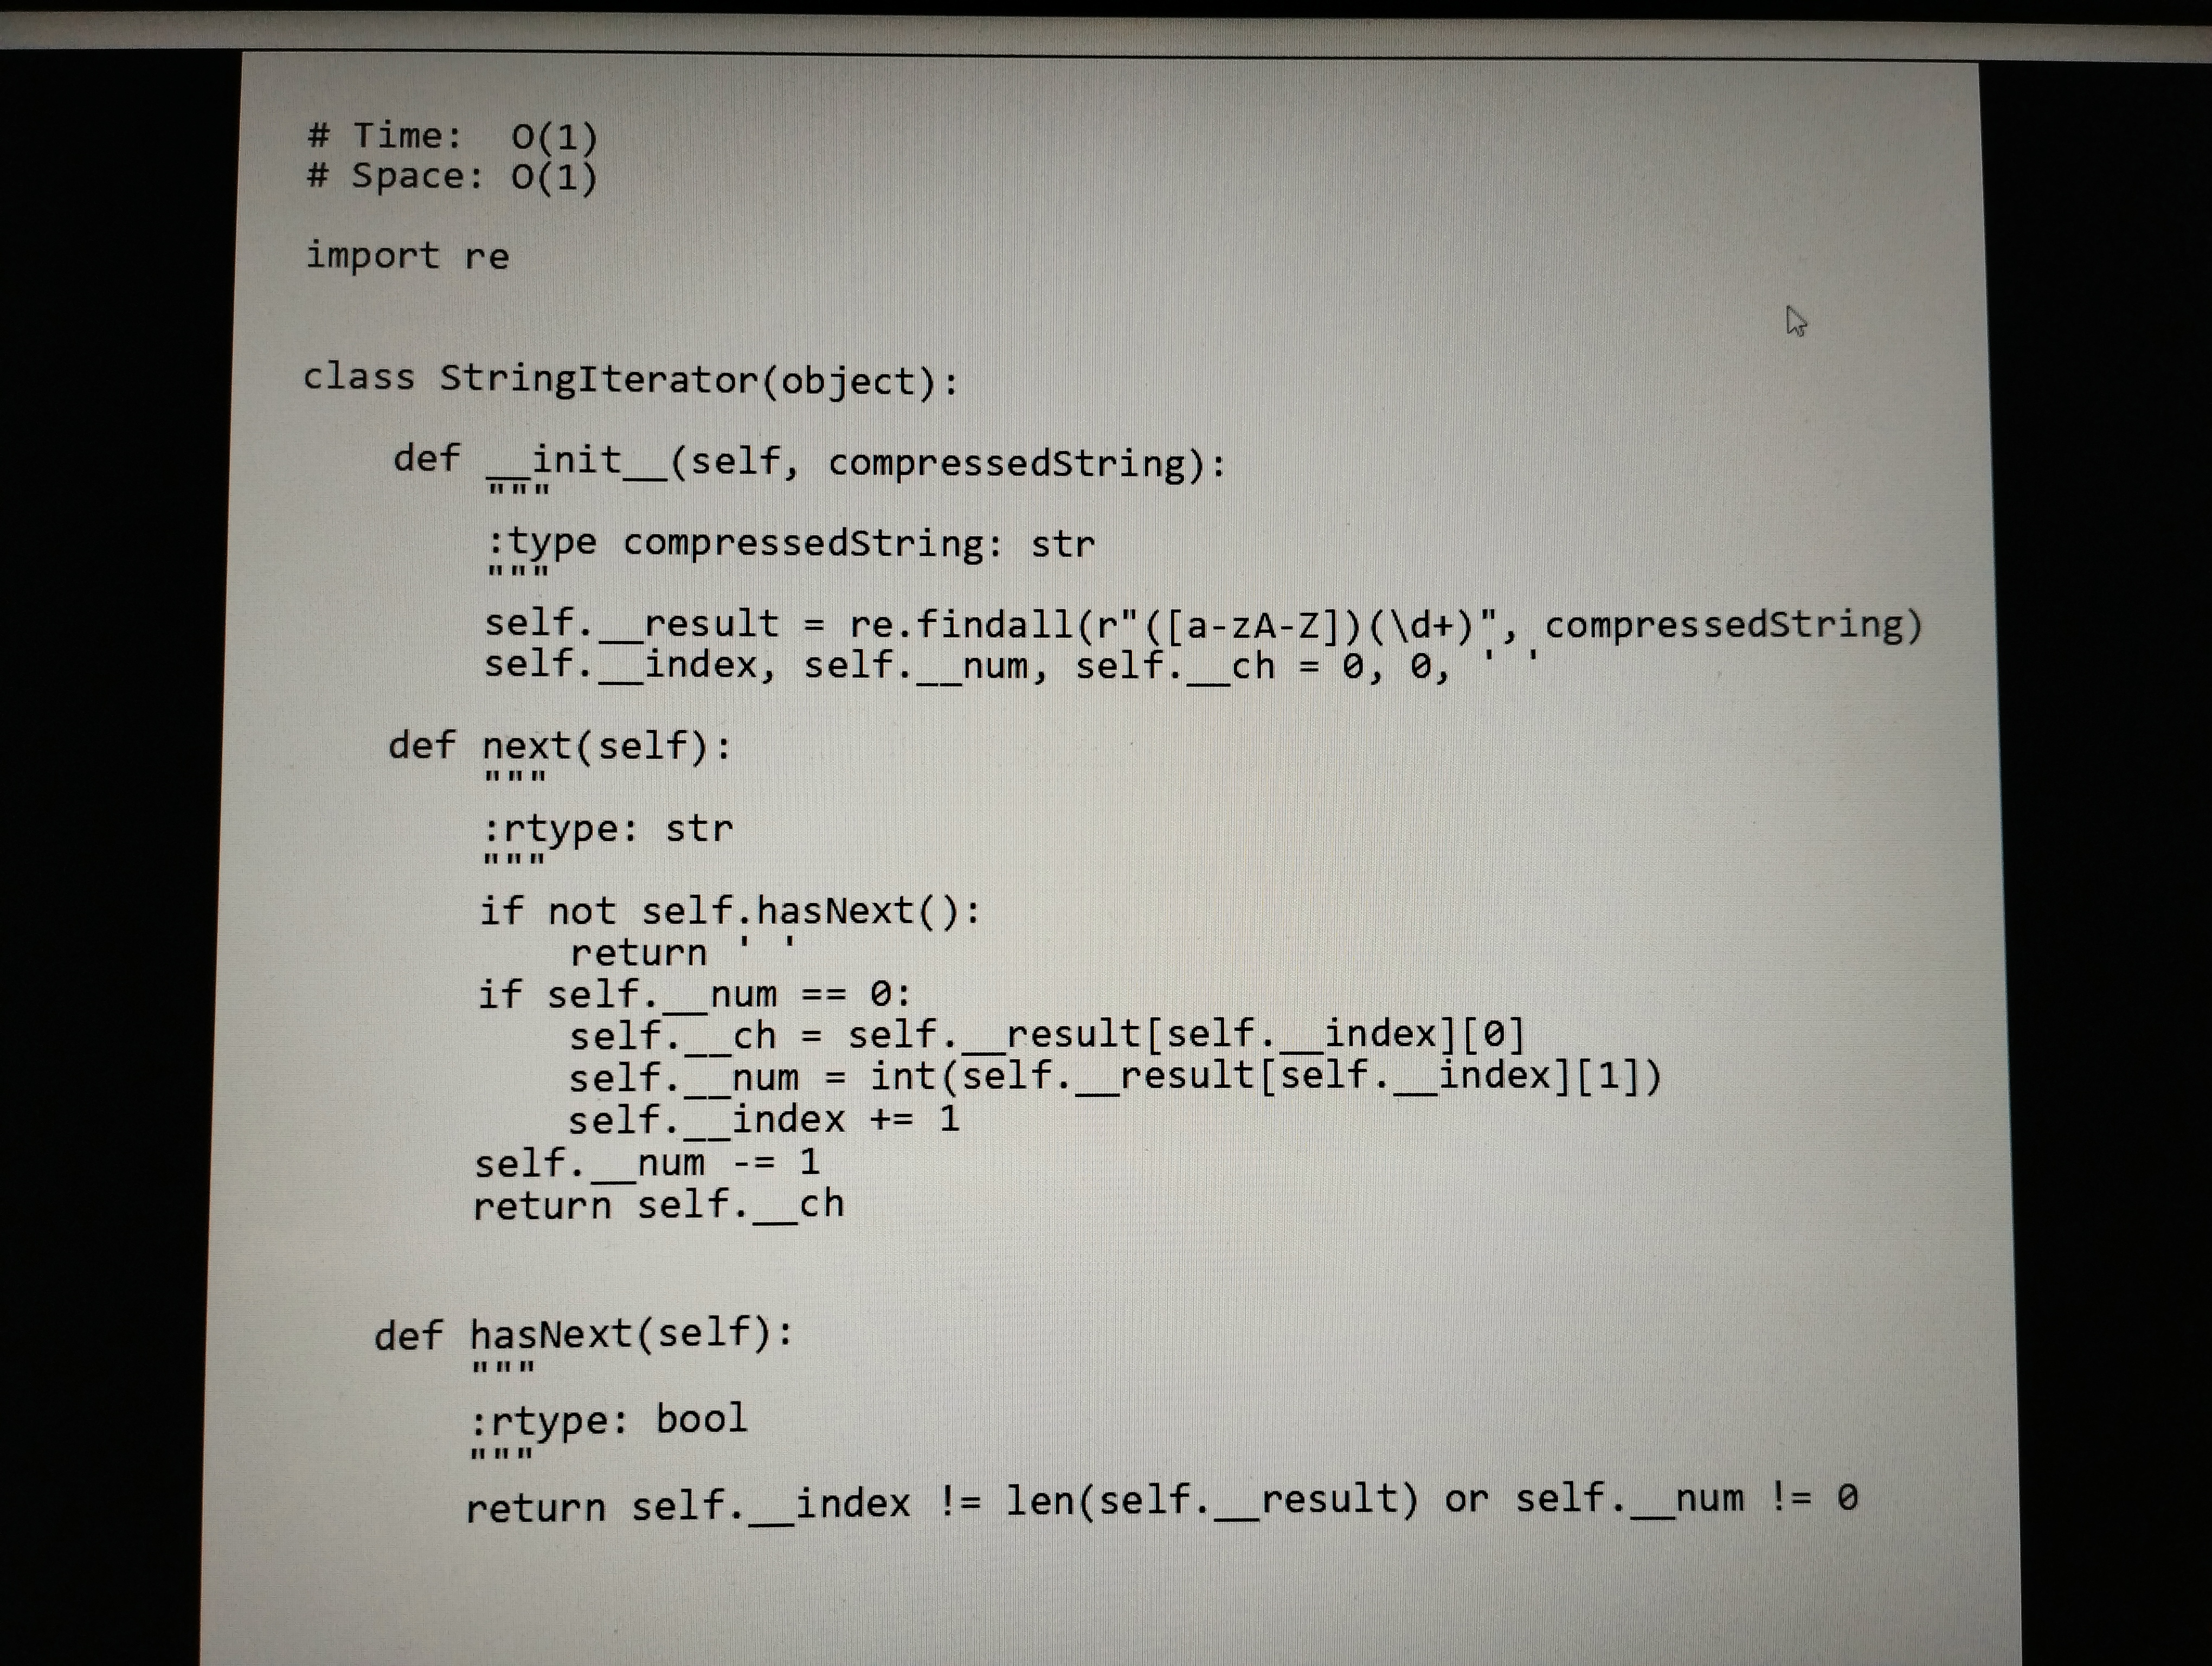
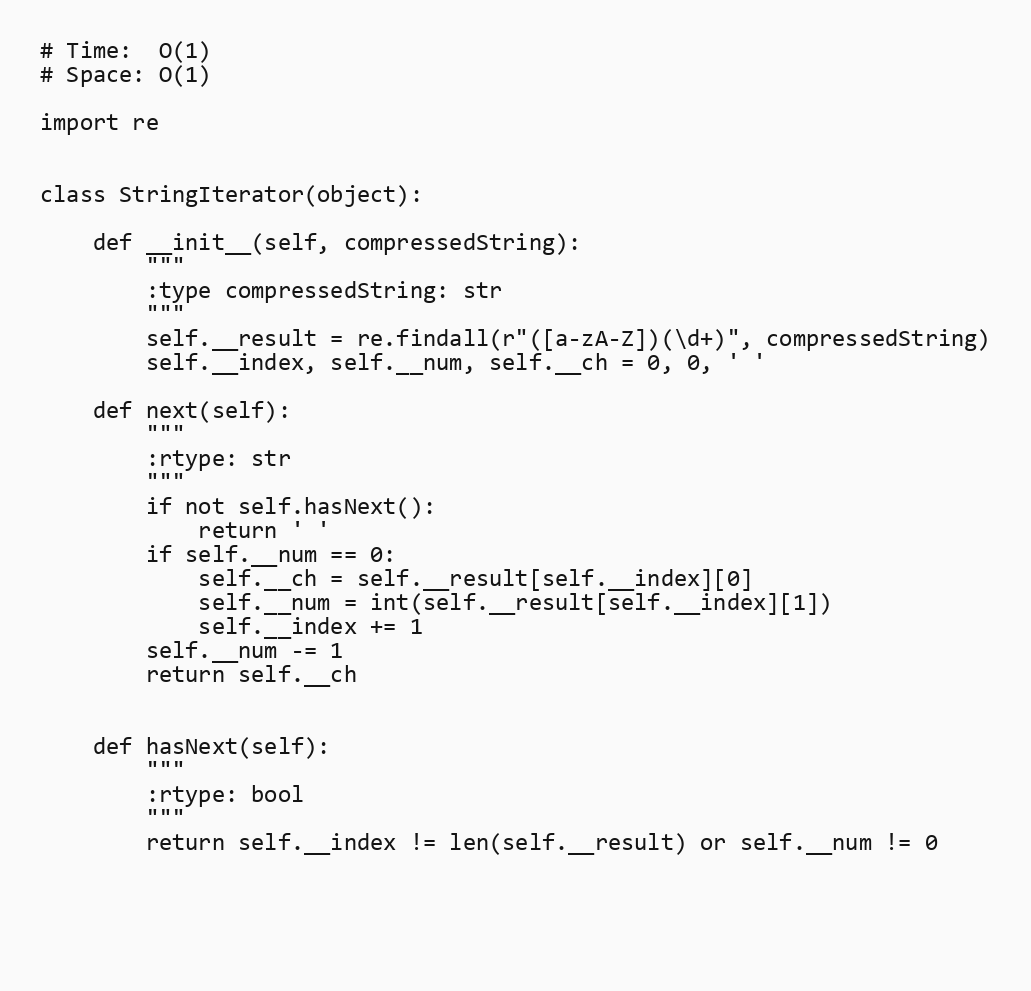
# Time:  O(1)
# Space: O(1)

import re

class StringIterator(object):

    def __init__(self, compressedString):
        """
        :type compressedString: str
        """
        self.__result = re.findall(r"([a-zA-Z])(\d+)", compressedString)
        self.__index, self.__num, self.__ch = 0, 0, ' '

    def next(self):
        """
        :rtype: str
        """
        if not self.hasNext():
            return ' '
        if self.__num == 0:
            self.__ch = self.__result[self.__index][0]
            self.__num = int(self.__result[self.__index][1])
            self.__index += 1
        self.__num -= 1
        return self.__ch

    def hasNext(self):
        """
        :rtype: bool
        """
        return self.__index != len(self.__result) or self.__num != 0